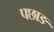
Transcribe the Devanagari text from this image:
पछाङ